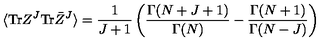
\langle \mathrm { T r } Z ^ { J } \mathrm { T r } \bar { Z } ^ { J } \rangle = \frac { 1 } { J + 1 } \left( \frac { \Gamma ( N + J + 1 ) } { \Gamma ( N ) } - \frac { \Gamma ( N + 1 ) } { \Gamma ( N - J ) } \right)